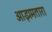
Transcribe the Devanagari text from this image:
आझमतारा